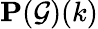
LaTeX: \mathbf{P}({\mathcal{G}})(k)